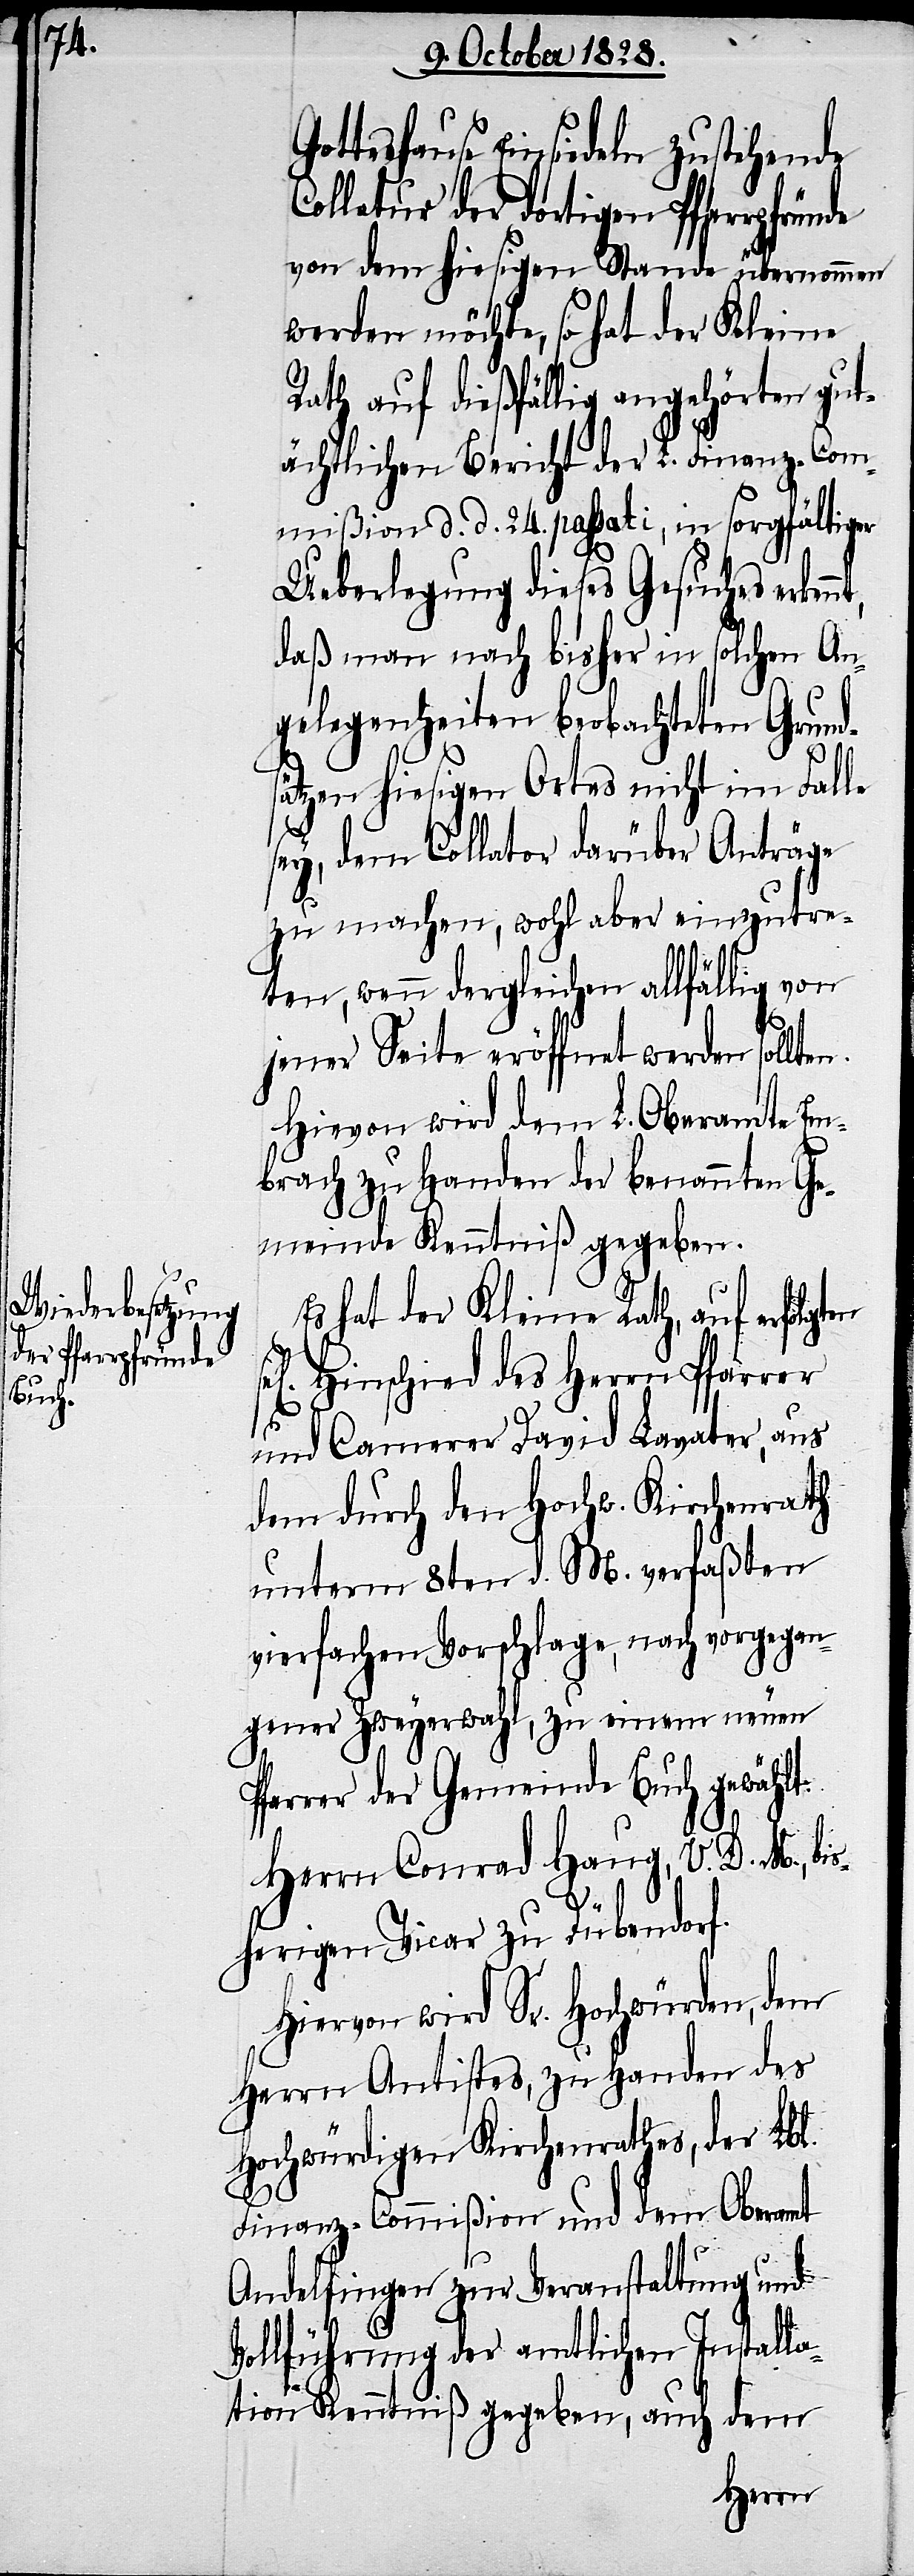
Gotteshause Einsiedeln zustehende
Collatur der dortigen Pfarrpfründe
von dem hiesigen Stande übernommen
werden möchte, so hat der Kleine
Rath auf dießfällig angehörten gut¬
ächtlichen Bericht der L. Finanz-Com¬
mißion d. d. 24. passati, in sorgfältiger
Ueberlegung dieses Gesuches erken¬
daß man nach bisher in solchen An¬
gelegenheiten beobachteten Grund¬
sätzen hiesigen Ortes nicht im Falle
sey, dem Collator darüber Anträge
zu machen, wohl aber einzutre¬
ten, wenn dergleichen allfällig von
en
jener Seite eröffnet werden sollten.
Hievon wird dem L. Oberamte Em¬
brach zu Handen der benannten Ge¬
meinde Kenntniß gegeben.
Es hat der Kleine Rath, auf erfolgt¬
Hinschied des Herrn Pfarrer
und Camerer David Lavater, aus
dem durch den Hochw. Kirchenrath
unterm 8ten d. M. verfaßten
vierfachen Vorschlage, nach vorgegan¬
gener Zweyerwahl, zu einem neuen
Pfarrer der Gemeinde Buch gewählt:
Herrn Conrad Haug, V. D. M., bi¬
sherigen Vicar zu Dübendorf.
Hiervon wird Sr. Hochwürden, dem
Herrn Antistes, zu Handen des
Hochwürdigen Kirchenrathes, der Lbl.
Finanz-Commißion und dem Oberamt
Andelfingen zur Veranstaltung und
Vollführung der amtlichen Installa¬
tion Kenntniß gegeben, auch dem